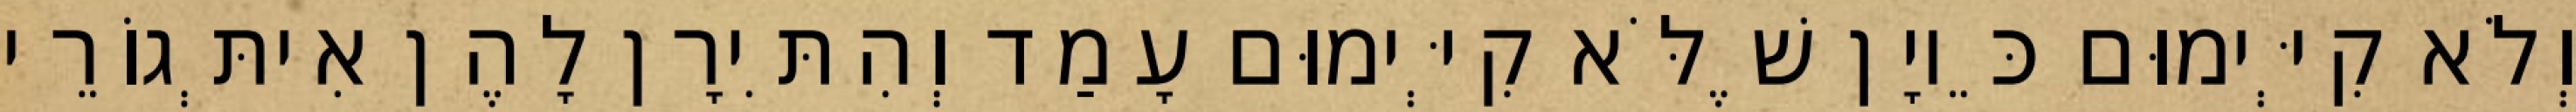
וְלֹא קִיְּימוּם כֵּיוָן שֶׁלֹּא קִיְּימוּם עָמַד וְהִתִּירָן לָהֶן אִיתְּגוֹרֵי